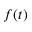
f ( t )